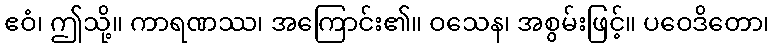
ဧဝံ၊ ဤသို့။ ကာရဏဿ၊ အကြောင်း၏။ ဝသေန၊ အစွမ်းဖြင့်။ ပဝေဒိတော၊